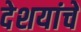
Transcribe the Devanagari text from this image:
देशयांचे